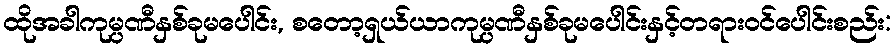
ထိုအခါကုမ္ပဏီနှစ်ခုမပေါင်း, စတော့ရှယ်ယာကုမ္ပဏီနှစ်ခုမပေါင်းနှင့်တရားဝင်ပေါင်းစည်း: